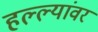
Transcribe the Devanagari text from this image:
हल्ल्यांवर